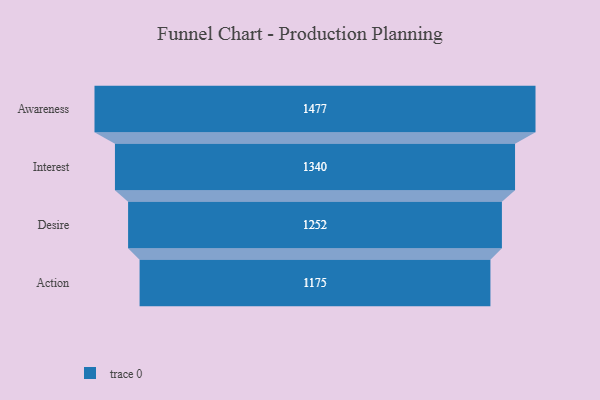
{"axis": {"x": "Stage", "y": "Value"}, "legend": [""], "data": [{"x": "Awareness", "y": 1477.0, "type": ""}, {"x": "Interest", "y": 1340.0, "type": ""}, {"x": "Desire", "y": 1252.0, "type": ""}, {"x": "Action", "y": 1175.0, "type": ""}]}